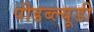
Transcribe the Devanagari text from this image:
पीडब्‍ल्‍यूडी